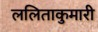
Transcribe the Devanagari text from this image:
ललिताकुमारी